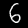
Label: 6